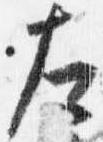
左